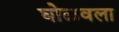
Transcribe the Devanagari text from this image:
घोळवला